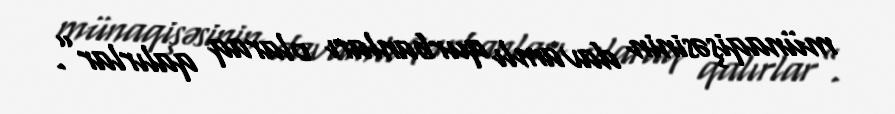
münaqişəsinin davamlı qurbanları olaraq qalırlar”.